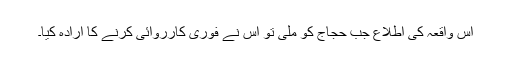
اس واقعہ کی اطلاع جب حجاج کو ملی تو اس نے فوری کارروائی کرنے کا ارادہ کیا۔